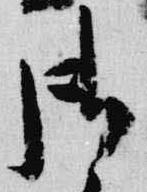
御